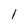
Character: 1